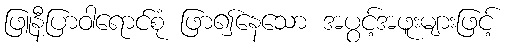
ဖြူနီပြာဝါရောင်စုံ ဖြာ၍နေသော အပွင့်အဖူးများဖြင့်